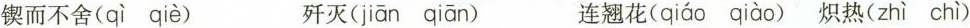
\underset{·}{锲}而不舍 (qìqiè) \underset{·}{歼}灭 (jiānqiān) 连\underset{·}{翘}花 (qiáoqiào) \underset{·}{炽}热(zhìchì)